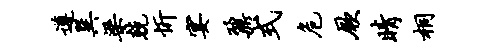
遵巽梁兢忻宴鼐式危厥睛桐